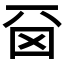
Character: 𠀮